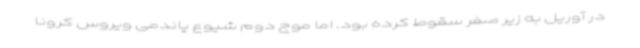
در آوریل به زیر صفر سقوط کرده بود. اما موج دوم شیوع پاندمی ویروس کرونا